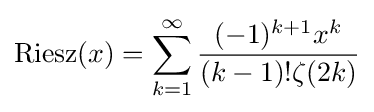
{\rm {Riesz}}(x)=\sum _{k=1}^{\infty }{\frac {(-1)^{k+1}x^{k}}{(k-1)!\zeta (2k)}}